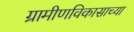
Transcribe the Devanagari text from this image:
ग्रामीणविकासाच्या